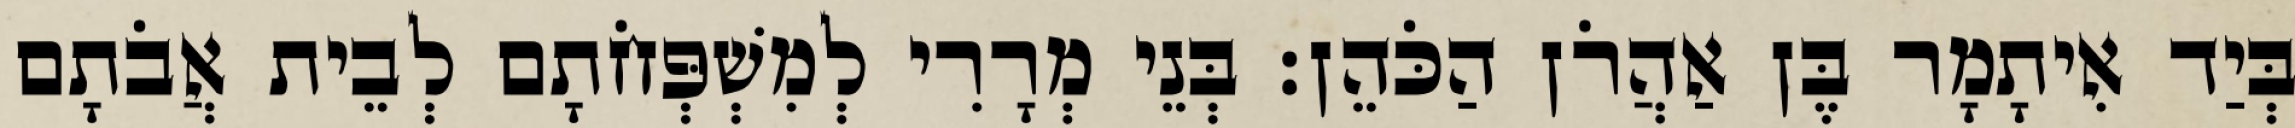
בְּיַד אִיתָמָר בֶּן אַהֲרֹן הַכֹּהֵן׃ בְּנֵי מְרָרִי לְמִשְׁפְּחֹתָם לְבֵית אֲבֹתָם